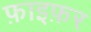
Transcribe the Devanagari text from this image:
फ़ाइफ़र